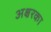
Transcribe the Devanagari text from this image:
अक्षरका